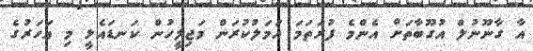
އާ ގާނޫނުލް އުގޫބާތަށް އެންމެ ފުރަތަމަ އަމަލުކުރަން މަޖިލީހުން ކަނޑައެޅީ މި އަހަރުގެ